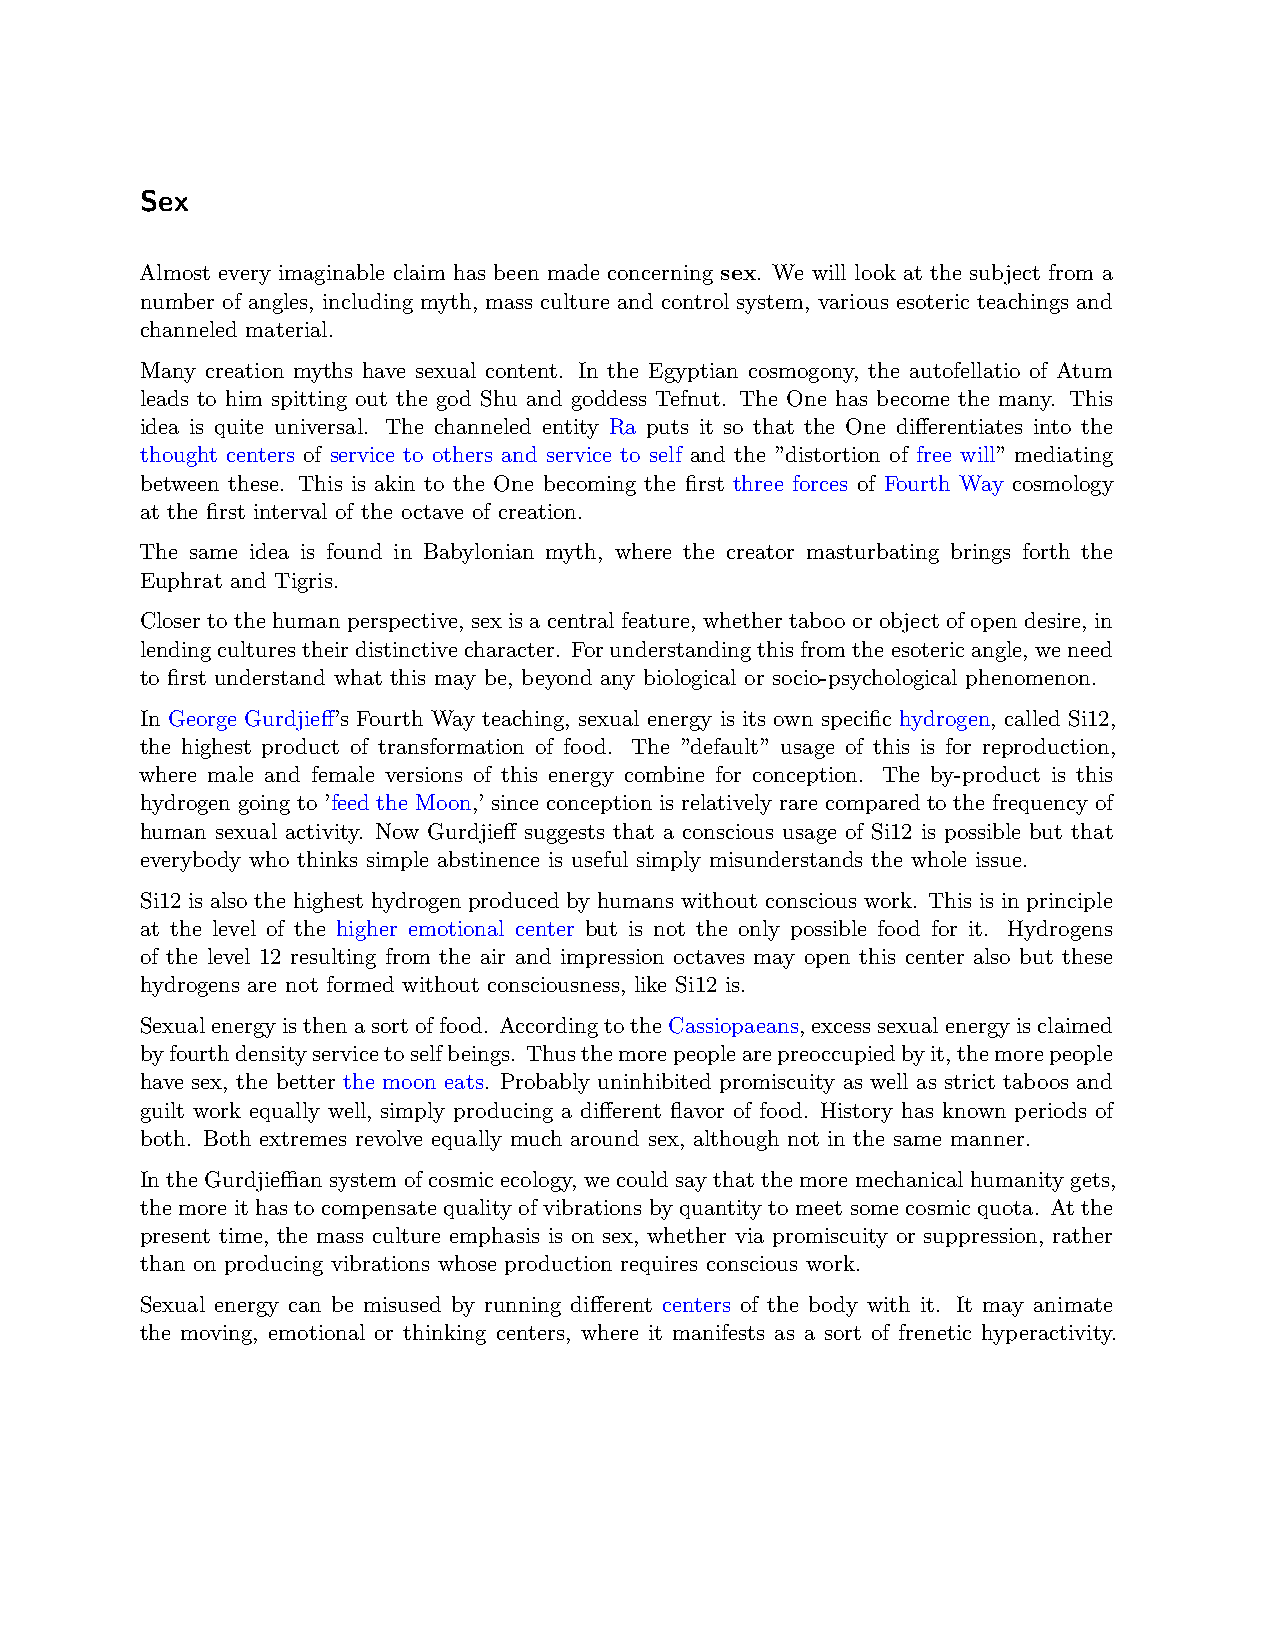
Sex
 Almost every imaginable claim has been made concerning sex. We will look at the subject from a
 number of angles, including myth, mass culture and control system, various esoteric teachings and
 channeled material.
 Many creation myths have sexual content. In the Egyptian cosmogony, the autofellatio of Atum
 leads to him spitting out the god Shu and goddess Tefnut. The One has become the many. This
 idea is quite universal. The channeled entity Ra puts it so that the One differentiates into the
 thought centers of service to others and service to self and the ”distortion of free will” mediating
 between these. This is akin to the One becoming the first three forces of Fourth Way cosmology
 at the first interval of the octave of creation.
 The same idea is found in Babylonian myth, where the creator masturbating brings forth the
 Euphrat and Tigris.
 Closer to the human perspective, sex is a central feature, whether taboo or object of open desire, in
 lendingculturestheirdistinctivecharacter. Forunderstandingthisfromtheesotericangle, weneed
 to first understand what this may be, beyond any biological or socio-psychological phenomenon.
 In George Gurdjieff’s Fourth Way teaching, sexual energy is its own specific hydrogen, called Si12,
 the highest product of transformation of food. The ”default” usage of this is for reproduction,
 where male and female versions of this energy combine for conception. The by-product is this
 hydrogen going to ’feed the Moon,’ since conception is relatively rare compared to the frequency of
 human sexual activity. Now Gurdjieff suggests that a conscious usage of Si12 is possible but that
 everybody who thinks simple abstinence is useful simply misunderstands the whole issue.
 Si12 is also the highest hydrogen produced by humans without conscious work. This is in principle
 at the level of the higher emotional center but is not the only possible food for it. Hydrogens
 of the level 12 resulting from the air and impression octaves may open this center also but these
 hydrogens are not formed without consciousness, like Si12 is.
 Sexualenergyisthenasortoffood. AccordingtotheCassiopaeans, excesssexualenergyisclaimed
 byfourthdensityservicetoselfbeing s. Thusthemorepeoplearepreoccupiedbyit,themorepeople
 have sex, the better the moon eats. Probably uninhibited promiscuity as well as strict taboos and
 guilt work equally well, simply producing a different flavor of food. History has known periods of
 both. Both extremes revolve equally much around sex, although not in the same manner.
 In the Gurdjieﬀian system of cosmic ecology, we could say that the more mechanical humanity gets,
 the more it has to compensate quality of vibrations by quantity to meet some cosmic quota. At the
 present time, the mass culture emphasis is on sex, whether via promiscuity or suppression, rather
 than on producing vibrations whose production requires conscious work.
 Sexual energy can be misused by running different centers of the body with it. It may animate
 the moving, emotional or thinking centers, where it manifests as a sort of frenetic hyperactivity.